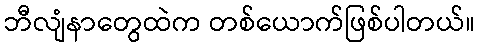
ဘီလျံနာတွေထဲက တစ်ယောက်ဖြစ်ပါတယ်။